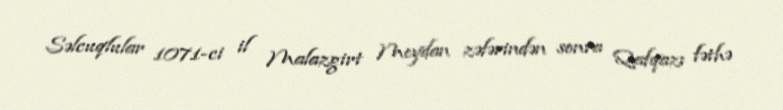
Səlcuqlular 1071-ci il Malazgirt Meydan zəfərindən sonra Qafqazı fəthə